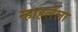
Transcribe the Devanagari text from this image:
न्हाहलेला